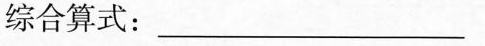
综合算式：___